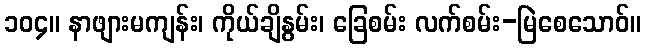
၁၀၄။ နာဖျားမကျန်း၊ ကိုယ်ချိနွမ်း၊ ခြေစမ်း လက်စမ်း-မြဲစေသောဝ်။